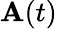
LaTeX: \mathbf{A}(t)